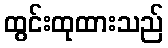
ထွင်းထုထားသည်